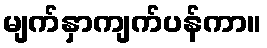
မျက်နှာကျက်ပန်ကာ။